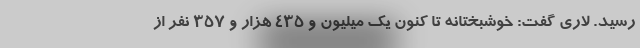
رسید. لاری گفت: خوشبختانه تا کنون یک میلیون و ۴۳۵ هزار و ۳۵۷ نفر از